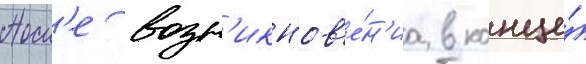
Посл'е возн'икнов'е́н'иа в конце́